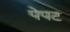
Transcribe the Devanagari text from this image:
पेपट